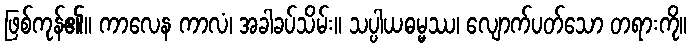
ဖြစ်ကုန်၏။ ကာလေန ကာလံ၊ အခါခပ်သိမ်း။ သပ္ပါယဓမ္မဿ၊ လျောက်ပတ်သော တရားကို။